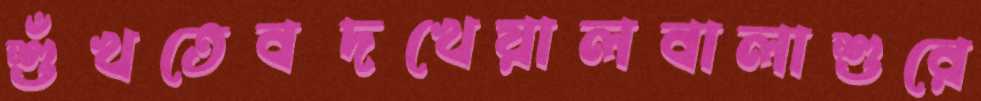
শুঁখতেবদখেয়ালবালাশুরে